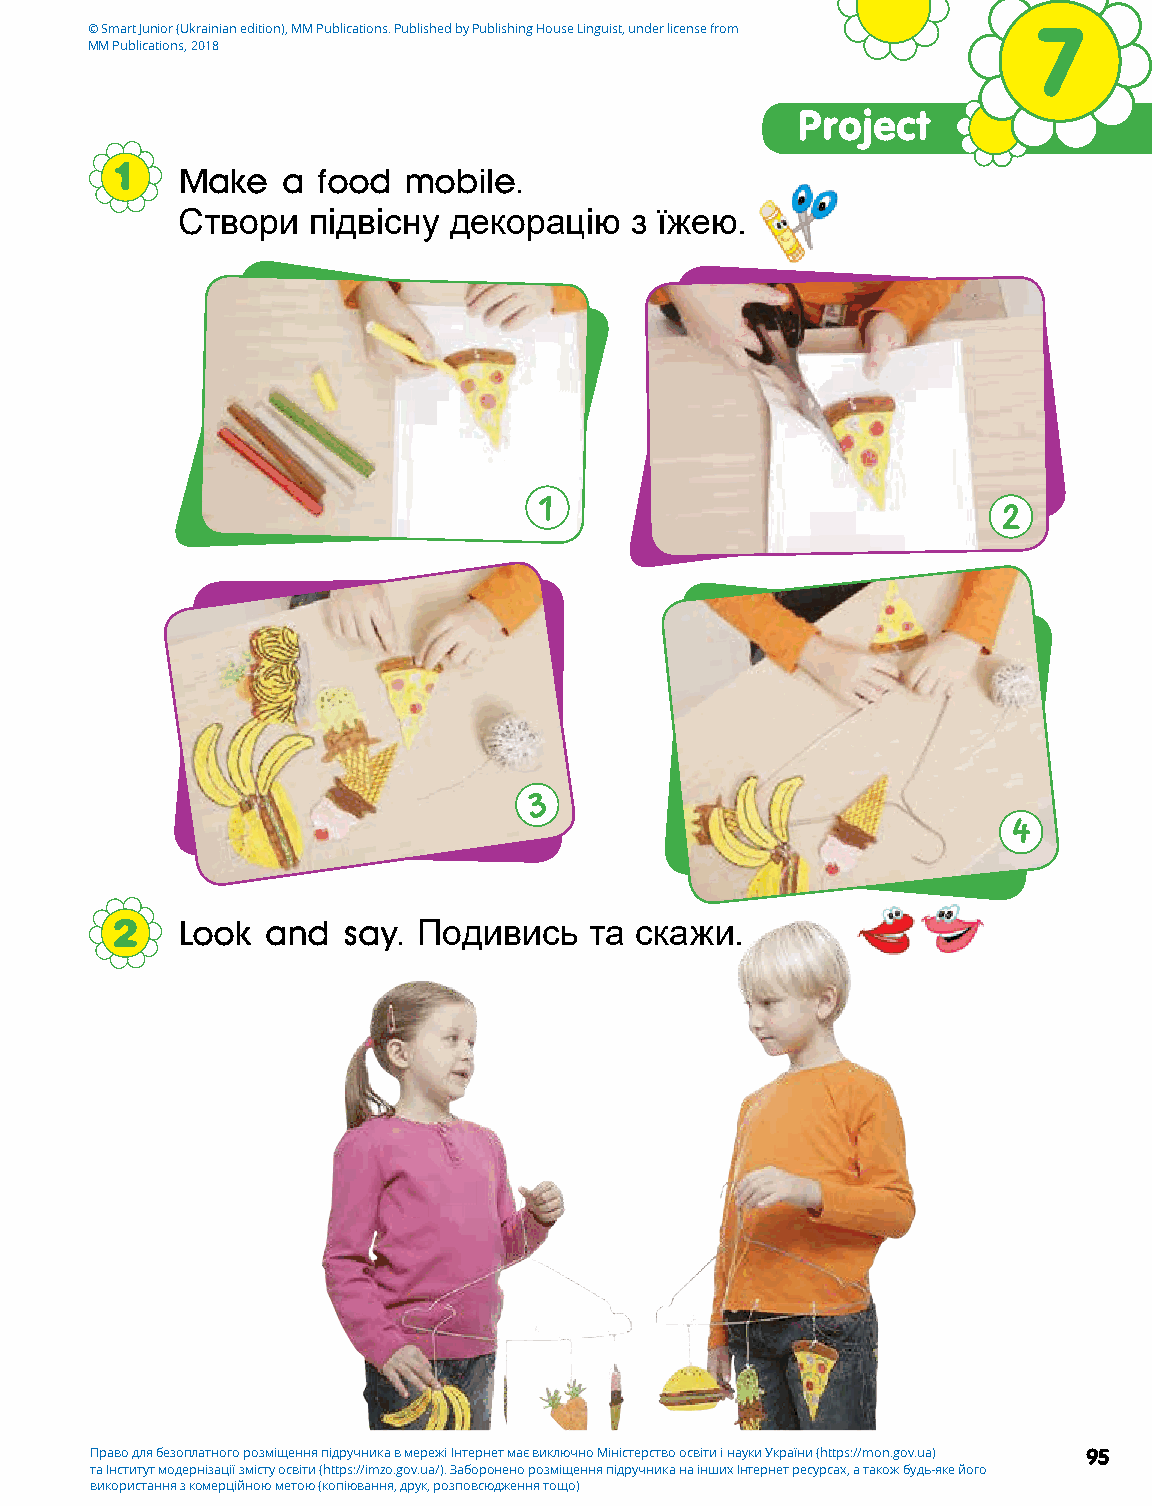
© Smart Junior (Ukrainian edition), MM Publications. Published by Publishing House Linguist, under license from 7
 MM Publications, 2018
 Project
 1   Make   a food  mobile.
 Створи  підвісну  декорацію   з їжею.
 1
 2
 3
 4
 2    Look  and  say. Подивись   та скажи.
 Право для безоплатного розміщення підручника в мережі Інтернет має виключно Міністерство освіти і науки України (https://mon.gov.ua) 95
 та Інститут модернізації змісту освіти (https://imzo.gov.ua/). Заборонено розміщення підручника на інших Інтернет ресурсах, а також будь-яке його
 використання з комерційною метою (копіювання, друк, розповсюдження тощо)